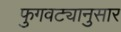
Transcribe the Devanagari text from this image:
फुगवट्यानुसार